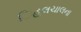
િહલચાલના